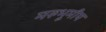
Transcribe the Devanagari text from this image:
मरुभूमीय